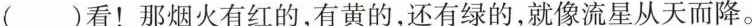
()看！那烟火有红的，有黄的，还有绿的，就像流星从天而降。